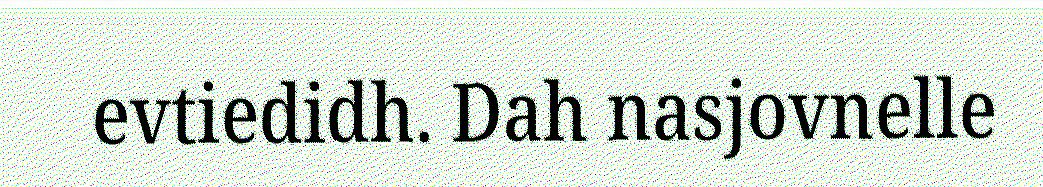
evtiedidh. Dah nasjovnelle